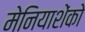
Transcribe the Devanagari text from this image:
मेनियाशेंको